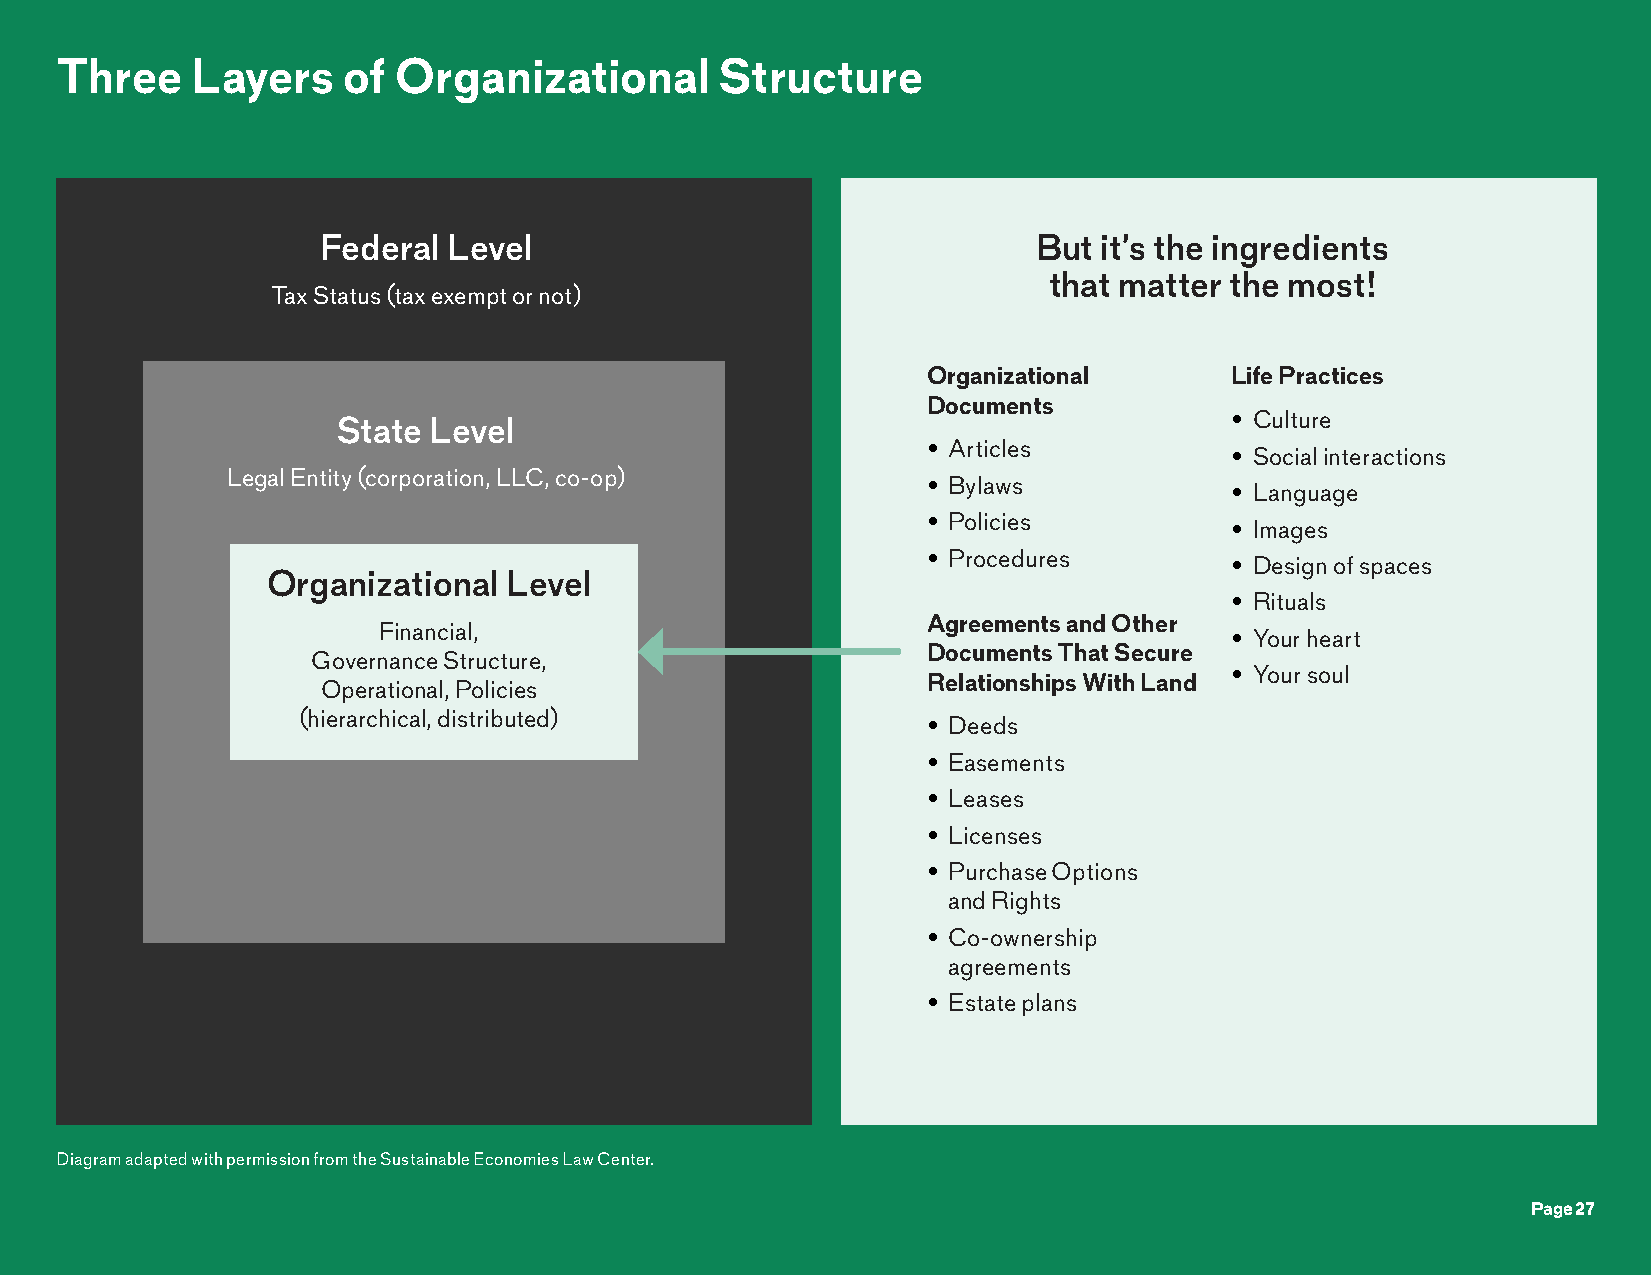
Three    Layers    of Organizational        Structure
 Federal  Level                                  But it’s the ingredients
 that matter the most!
 Tax Status (tax exempt or not)
 Organizational      Life Practices
 Documents
 • Culture
 State Level
 • Articles
 • Social interactions
 Legal Entity (corporation, LLC, co-op)
 • Bylaws
 • Language
 • Policies
 • Images
 • Procedures
 • Design of spaces
 Organizational Level
 • Rituals
 Agreements and Other
 Financial,
 • Your heart
 Documents That Secure
 Governance Structure,
 • Your soul
 Relationships With Land
 Operational, Policies
 (hierarchical, distributed)
 • Deeds
 • Easements
 • Leases
 • Licenses
 • Purchase Options
 and Rights
 • Co-ownership
 agreements
 • Estate plans
 Diagram adapted with permission from the Sustainable Economies Law Center.
 Page 27